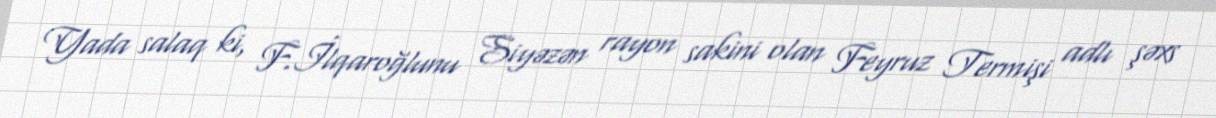
Yada salaq ki, F.İlqaroğlunu Siyəzən rayon sakini olan Feyruz Termişi adlı şəxs